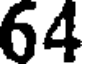
64